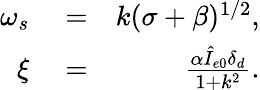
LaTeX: \begin{array}{rlr}{\omega_{s}}&{{}=}&{k(\sigma+\beta)^{1/2},}\\ {\xi}&{{}=}&{\frac{\alpha\hat{I}_{e0}\delta_{d}}{1+k^{2}}.}\end{array}